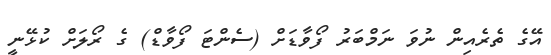
އޭގެ ތެރެއިން ނުވަ ނަމްބަރު ފޯވާޑަށް (ސެންޓަ ފޯވާޑް) ގެ ރޯލަށް ކުޅޭނީ